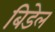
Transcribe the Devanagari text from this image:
बिडेल